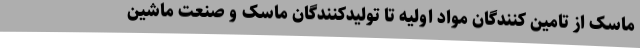
ماسک از تامین کنندگان مواد اولیه تا تولیدکنندگان ماسک و صنعت ماشین